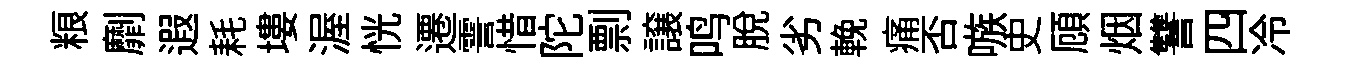
粮劘遐耗塿渥恍遷霅惜陀剽譲鸣脱劣輓痛否嗾史頋烟讐四冷